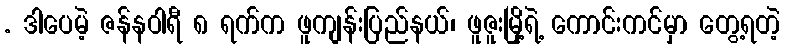
. ဒါပေမဲ့ ဇန်နဝါရီ ၈ ရက်က ဖူကျန်းပြည်နယ်၊ ဖူဇူးမြို့ရဲ့ ကောင်းကင်မှာ တွေ့ရတဲ့